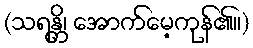
(သရန္တိ၊ အောက်မေ့ကုန်၏။)